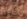
يكون